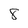
Character: 8